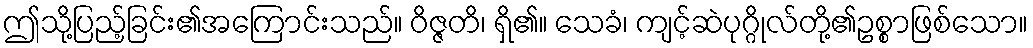
ဤသို့ပြည့်ခြင်း၏အကြောင်းသည်။ ဝိဇ္ဇတိ၊ ရှိ၏။ သေခံ၊ ကျင့်ဆဲပုဂ္ဂိုလ်တို့၏ဥစ္စာဖြစ်သော။